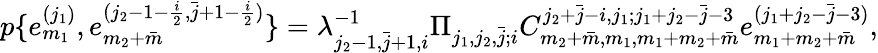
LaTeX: p\{ e_{m_{1}}^{(j_{1})},e_{m_{2}+\bar{m}}^{(j_{2}-1-\frac{i}{2},\bar{j}+1-\frac{i}{2})}\} =\lambda_{j_{2}-1,\bar{j}+1,i}^{-1}\Pi_{j_{1},j_{2},\bar{j};i}C_{m_{2}+\bar{m},m_{1},m_{1}+m_{2}+\bar{m}}^{j_{2}+\bar{j}-i,j_{1};j_{1}+j_{2}-\bar{j}-3}e_{m_{1}+m_{2}+\bar{m}}^{(j_{1}+j_{2}-\bar{j}-3)},